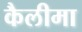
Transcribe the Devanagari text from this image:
कैलीमा